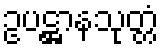
ဥပဋ္ဌာနသုတ္တံ